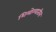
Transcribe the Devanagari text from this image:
शिमोग्यातील